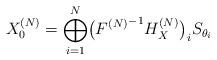
LaTeX: \begin{align*}X_0^{(N)} =\bigoplus^N_{i=1}\bigl({F^{(N)}}^{-1}H^{(N)}_X\bigr)_i S_{\theta_i} \end{align*}